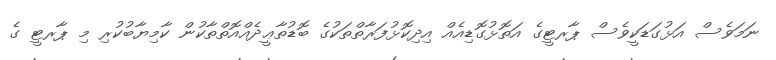
ނަމަވެސް އަޅުގަޑަކީވެސް ޕާރޓީގެ އަތޮޅުގޮޑިއެއް އިދިކޮޅުފަރާތްތަކުގެ ބޮޑުތާޢީދެއްއޮތްތާކުން ކާމިޔާބުކުރި މި ޕާރޓީ ގެ